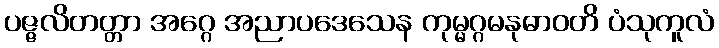
ပဇ္ဇလိတတ္တာ အဂ္ဂေ အညာပဒေသေန ကုမ္မဂ္ဂမနုဓာဝတိ ပံသုကူလံ